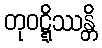
တုဝဋ္ဋိဿန္တိ